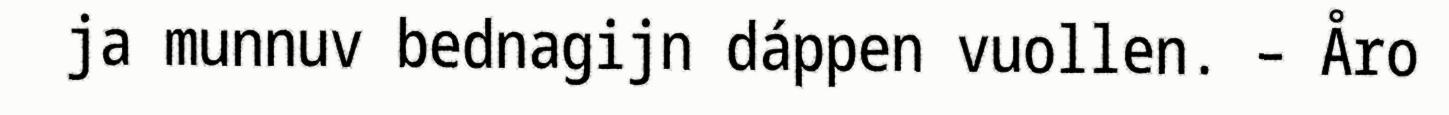
ja munnuv bednagijn dáppen vuollen. – Åro